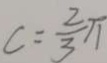
c = \frac { 2 } { 3 } \pi